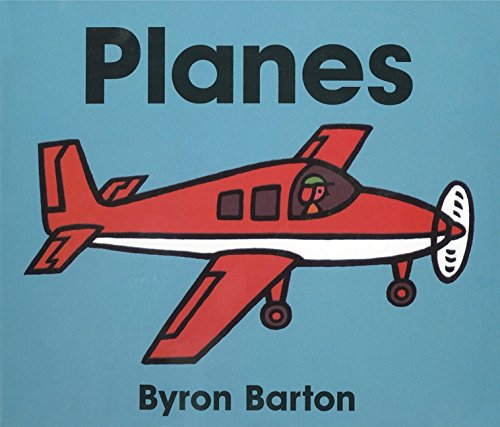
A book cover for Planes Board Book; Byron Barton; Children's Books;